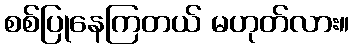
စစ်ပြုနေကြတယ် မဟုတ်လား။